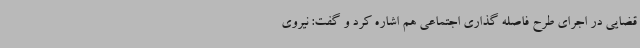
قضایی در اجرای طرح فاصله گذاری اجتماعی هم اشاره کرد و گفت: نیروی